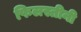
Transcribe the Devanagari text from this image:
फिलस्तीनी